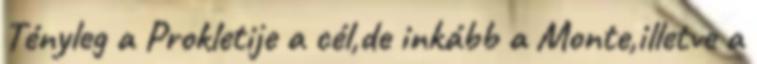
Tényleg a Prokletije a cél,de inkább a Monte,illetve a